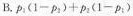
B.$$p _ { 1 } ( 1 一 p _ { 2 } ) + p _ { 2 } ( 1 - p _ { 1 } )$$；